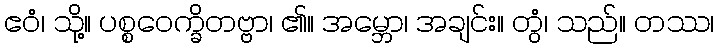
ဧဝံ၊ သို့။ ပစ္စဝေက္ခိတဗ္ဗာ၊ ၏။ အမ္ဘော၊ အချင်း။ တွံ၊ သည်။ တဿ၊